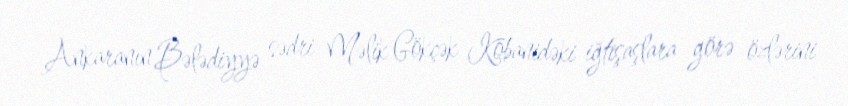
Ankaranın Bələdiyyə sədri Məlik Gökçək Kobanidəki iğtişaşlara görə özlərini